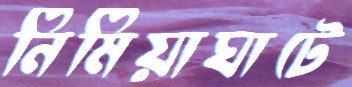
নিমিয়াঘাটে